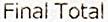
FINAL TOTAL